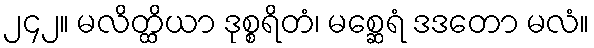
၂၄၂။ မလိတ္ထိယာ ဒုစ္စရိတံ၊ မစ္ဆေရံ ဒဒတော မလံ။